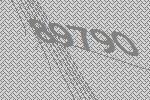
89790